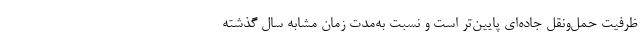
ظرفیت حمل‌ونقل جاده‌ای پایین‌تر است و نسبت به‌مدت زمان مشابه سال گذشته